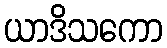
ယာဒိသကော